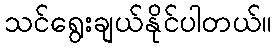
သင်ရွေးချယ်နိုင်ပါတယ်။